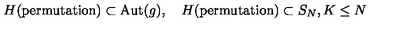
H ( \mathrm { p e r m u t a t i o n } ) \subset \mathrm { A u t } ( g ) , \quad H ( \mathrm { p e r m u t a t i o n } ) \subset S _ { N } , K \leq N